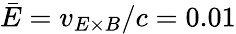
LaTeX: \bar{E}=v_{E\times B}/c=0.01